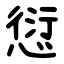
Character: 愆